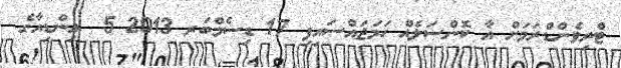
ޓްރިވެންޑްރަމަށް އާ ކޮންސަލެއް ހަމަޖައްސައިފި 17 ޑިސެމްބަރ 2013 5  އިންޑިއާގެ